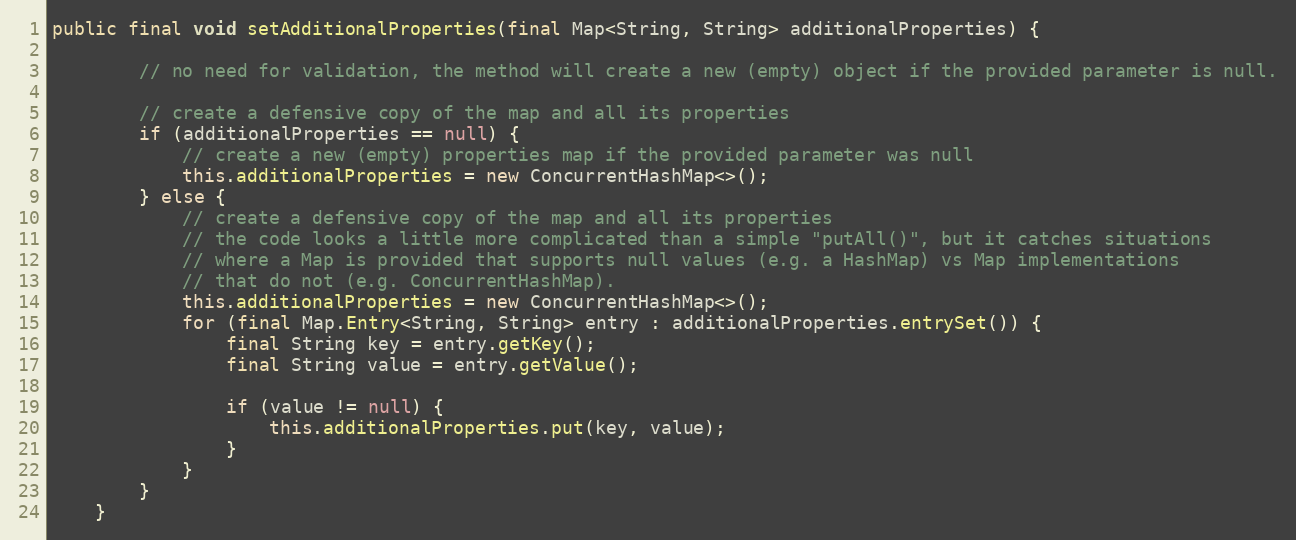
Language: Java
public final void setAdditionalProperties(final Map<String, String> additionalProperties) {

        // no need for validation, the method will create a new (empty) object if the provided parameter is null.

        // create a defensive copy of the map and all its properties
        if (additionalProperties == null) {
            // create a new (empty) properties map if the provided parameter was null
            this.additionalProperties = new ConcurrentHashMap<>();
        } else {
            // create a defensive copy of the map and all its properties
            // the code looks a little more complicated than a simple "putAll()", but it catches situations
            // where a Map is provided that supports null values (e.g. a HashMap) vs Map implementations
            // that do not (e.g. ConcurrentHashMap).
            this.additionalProperties = new ConcurrentHashMap<>();
            for (final Map.Entry<String, String> entry : additionalProperties.entrySet()) {
                final String key = entry.getKey();
                final String value = entry.getValue();

                if (value != null) {
                    this.additionalProperties.put(key, value);
                }
            }
        }
    }